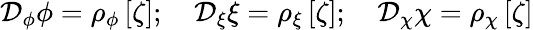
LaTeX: \begin{array}{r}{\mathcal{D}_{\phi}\phi=\rho_{\phi}\left[\zeta\right];\quad\mathcal{D}_{\xi}\xi=\rho_{\xi}\left[\zeta\right];\quad\mathcal{D}_{\chi}\chi=\rho_{\chi}\left[\zeta\right]}\end{array}